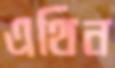
এথিন